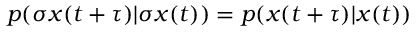
p ( \sigma x ( t + \tau ) | \sigma x ( t ) ) = p ( x ( t + \tau ) | x ( t ) )